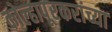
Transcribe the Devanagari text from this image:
कोल्हापूरकरांच्या